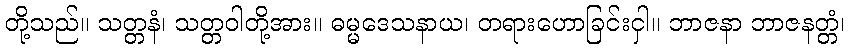
တို့သည်။ သတ္တနံ၊ သတ္တဝါတို့အား။ ဓမ္မဒေသနာယ၊ တရားဟောခြင်းငှါ။ ဘာဇနာ ဘာဇနတ္တံ၊